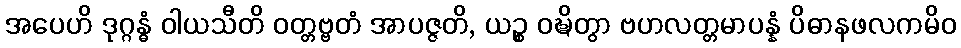
အပေဟိ ဒုဂ္ဂန္ဓံ ဝါယသီတိ ဝတ္တဗ္ဗတံ အာပဇ္ဇတိ, ယဉ္စ ဝဍ္ဎိတွာ ဗဟလတ္တမာပန္နံ ပိဓာနဖလကမိဝ